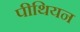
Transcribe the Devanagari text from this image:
पीथियन